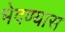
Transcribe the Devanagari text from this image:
भेदण्यास